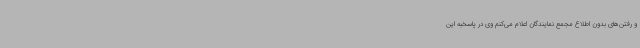
و رفتن‌های بدون اطلاع مجمع نمایندگان اعلام می‌کنم وی در پاسخبه این